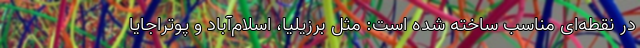
در نقطه‌ای مناسب ساخته شده است: مثل برزیلیا، اسلام‌آباد و پوتراجایا